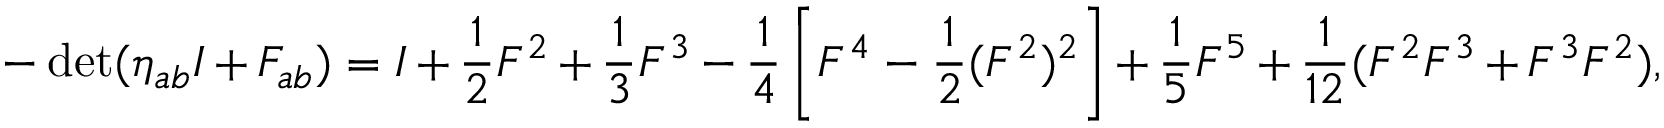
- \operatorname * { d e t } ( \eta _ { a b } I + F _ { a b } ) = I + \frac { 1 } { 2 } F ^ { 2 } + \frac { 1 } { 3 } F ^ { 3 } - \frac { 1 } { 4 } \left[ F ^ { 4 } - \frac { 1 } { 2 } ( F ^ { 2 } ) ^ { 2 } \right] + \frac { 1 } { 5 } F ^ { 5 } + \frac { 1 } { 1 2 } ( F ^ { 2 } F ^ { 3 } + F ^ { 3 } F ^ { 2 } ) ,